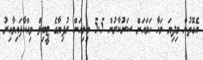
އެގޮތުން މިދިޔަ މަހާ ހަމައަށް ސަރުކާރުން 5.5 ބިލިއަން ރުފިޔާގެ ޓީބިލް ވިއްކާފައިވާއިރު